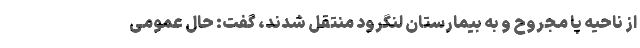
از ناحیه پا مجروح و به بیمارستان لنگرود منتقل شدند، گفت: حال عمومی